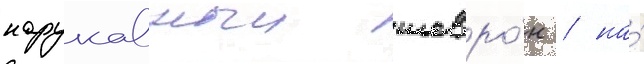
нарукавныи шевро́н / на́